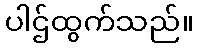
ပါဌ်ထွက်သည်။